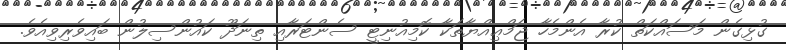
ގުޅިގެން މަސައްކަތް ކުރާ އެންމެހާ ޖަމްޢިއްޔާތަކާ ކޮމިއުނިޓީ ސެންޓަރާއި ތިނަދޫ ކައުންސިލުން ބައިވެރިވިއެވެ.